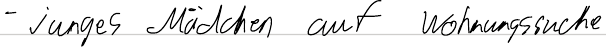
- junges Mädchen auf Wohnungssuche